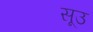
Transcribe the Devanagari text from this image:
सूउ